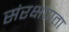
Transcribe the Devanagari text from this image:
संरक्षणता